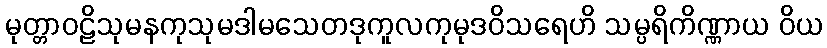
မုတ္တာဝဠိသုမနကုသုမဒါမသေတဒုကူလကုမုဒဝိသရေဟိ သမ္ပရိကိဏ္ဏာယ ဝိယ